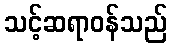
သင့်ဆရာဝန်သည်